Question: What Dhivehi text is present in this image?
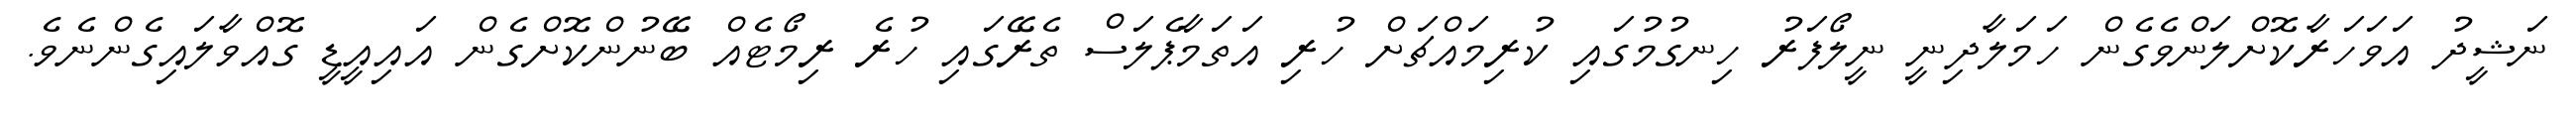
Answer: ނަޝީދު އަވަހަރާކޮށްލަންވެގެން ހަމަލާދިނީ ނީލޯފަރު ހިނގުމުގައި ކުރިމައްޗަށް ހުރި އަތަމާޕެލަސް ތެރޭގައި ހުރެ ރިމޯޓެއް ބޭނުންކޮށްގެން އައިއީޑީ ގޮއްވާލައިގެންނެވެ.